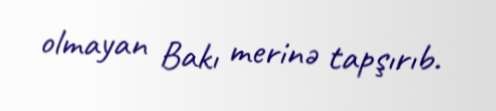
olmayan Bakı merinə tapşırıb.